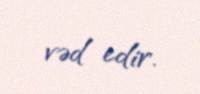
vəd edir.